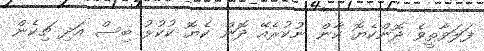
ފަލަވާތީވެ ދޮންކެޔޮ ކާން ނުކުރެއޭ ދޮން ކެޔޮ ކުކުޅު ބިސް އަދި ޗިކެން